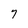
Character: 7